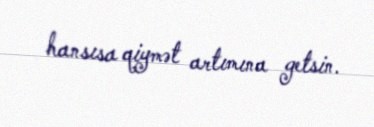
hansısa qiymət artımına getsin.